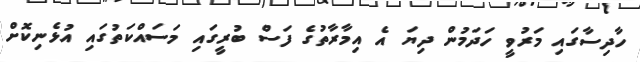
ހާދިސާގައި މަރުވީ ހަދަމުން ދިޔަ އެ އިމާރާތުގެ ފަސް ބުރީގައި މަސައްކަތުގައި އުޅެނިކޮށް